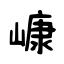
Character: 嵻